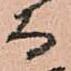
而